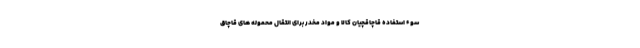
سوء استفاده قاچاقچیان کالا و مواد مخدر برای انتقال محموله های قاچاق